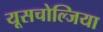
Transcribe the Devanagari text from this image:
यूसचोल्जिया